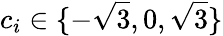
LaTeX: c_{i}\in\{ -\sqrt{3},0,\sqrt{3}\}